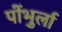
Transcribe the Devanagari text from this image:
पोंभुर्ला